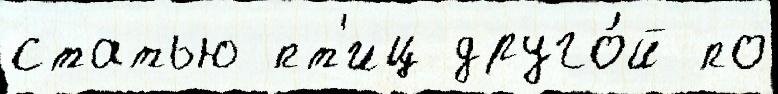
статью пт'иц друго́й по